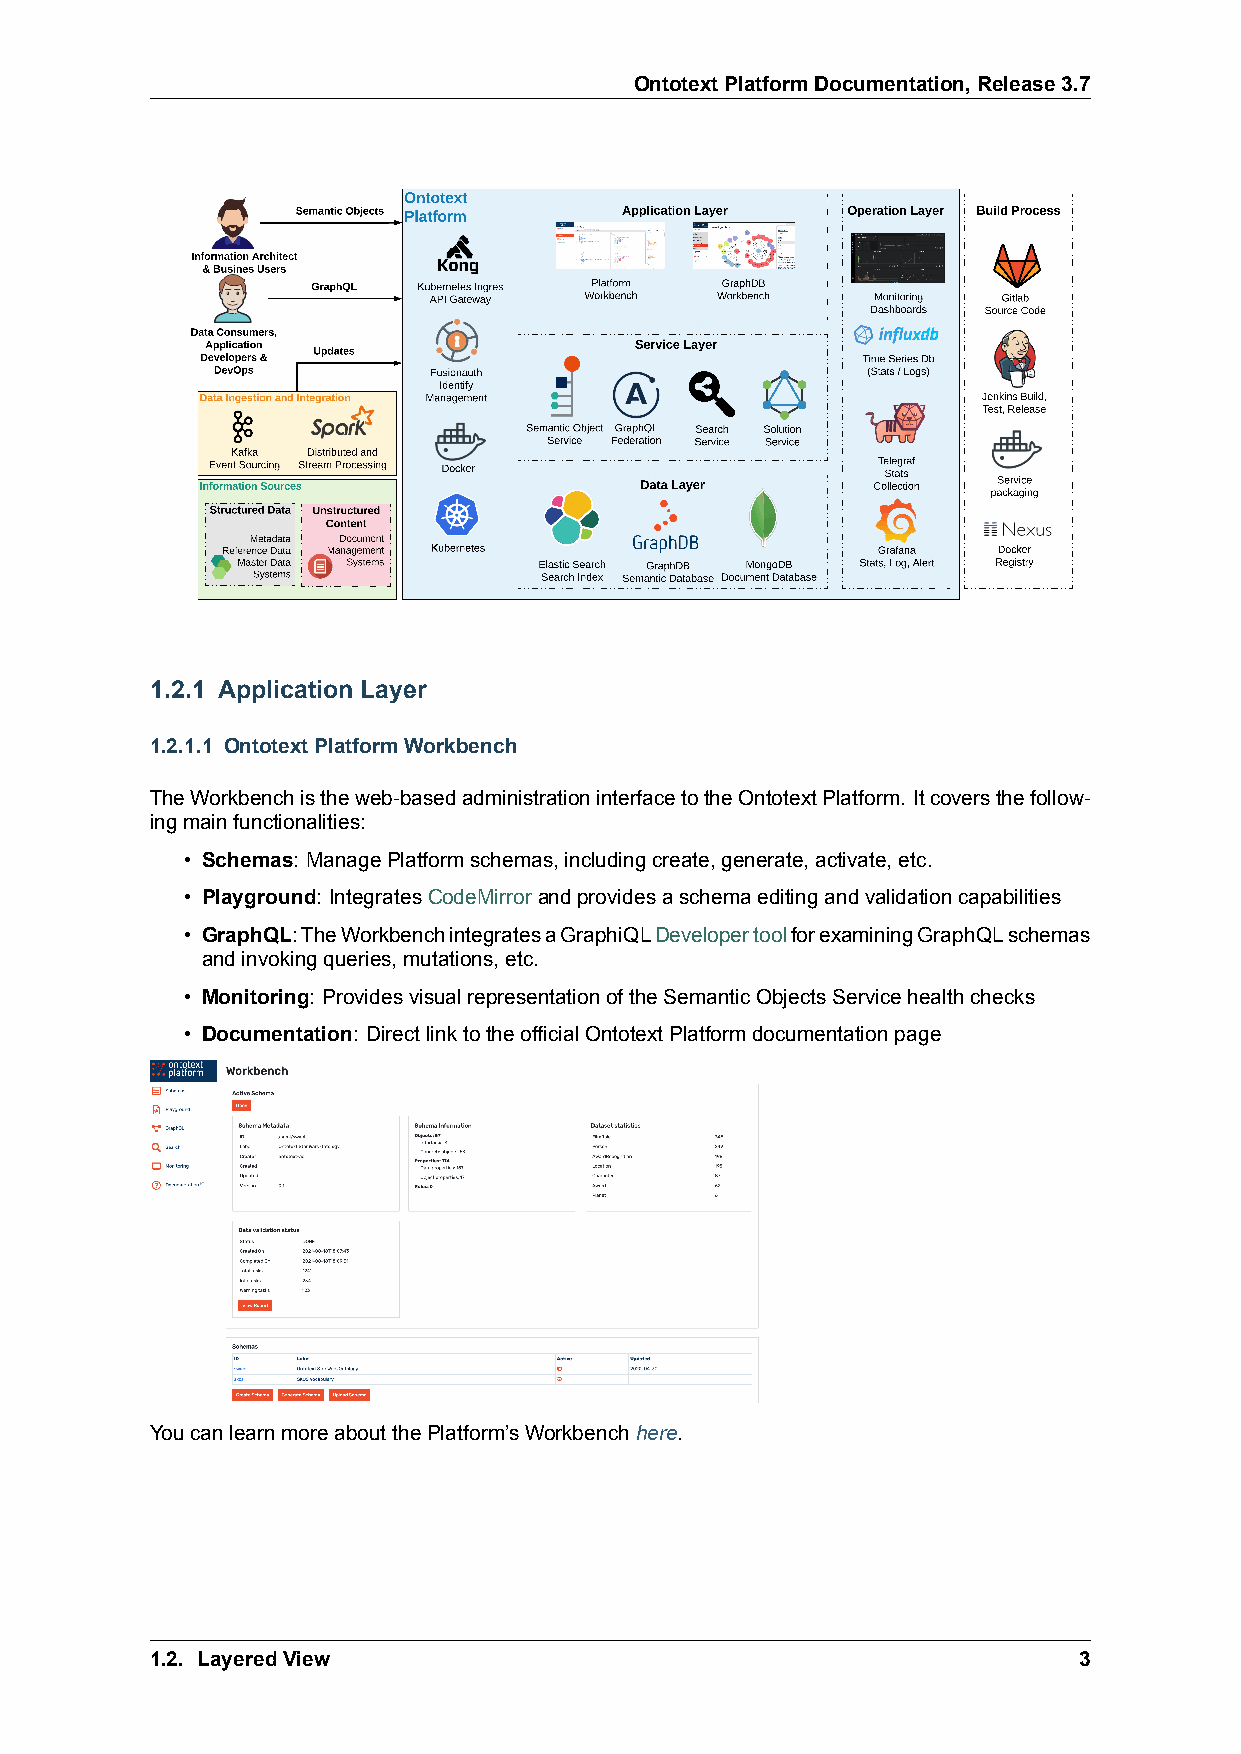
OntotextPlatformDocumentation,Release3.7
 1.2.1 Application Layer
 1.2.1.1 OntotextPlatformWorkbench
 TheWorkbenchistheweb-basedadministrationinterfacetotheOntotextPlatform. Itcoversthefollow-
 ingmainfunctionalities:
 • Schemas: ManagePlatformschemas,includingcreate,generate,activate,etc.
 • Playground: IntegratesCodeMirrorandprovidesaschemaeditingandvalidationcapabilities
 • GraphQL:TheWorkbenchintegratesaGraphiQLDevelopertoolforexaminingGraphQLschemas
 andinvokingqueries,mutations,etc.
 • Monitoring: ProvidesvisualrepresentationoftheSemanticObjectsServicehealthchecks
 • Documentation: DirectlinktotheofficialOntotextPlatformdocumentationpage
 YoucanlearnmoreaboutthePlatform’sWorkbenchhere.
 1.2. LayeredView                                             3